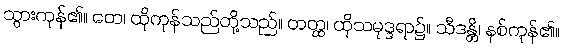
သွားကုန်၏။ တေ၊ ထိုကုန်သည်တို့သည်။ တတ္ထ၊ ထိုသမုဒ္ဒရာ၌။ သီဒန္တိ၊ နစ်ကုန်၏။